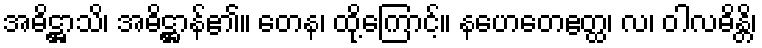
အဓိဋ္ဌာသိ၊ အဓိဋ္ဌာန်၏။ တေန၊ ထို့ကြောင့်။ နဟေတေဧတ္ထ၊ လ၊ ဝါလဓိန္တိ၊